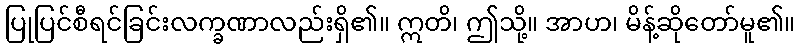
ပြုပြင်စီရင်ခြင်းလက္ခဏာလည်းရှိ၏။ ဣတိ၊ ဤသို့။ အာဟ၊ မိန့်ဆိုတော်မူ၏။